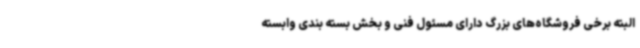
البته برخی فروشگاه‌های بزرگ دارای مسئول فنی و بخش بسته بندی وابسته